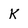
Character: K